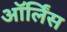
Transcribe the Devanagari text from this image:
ऑर्लिंस